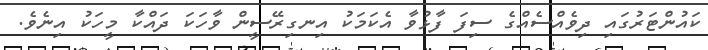
ކައުންޓަރުގައި ދިވެއްސެއްގެ ސިފަ ފާޅުވާ އެކަމަކު އިނގިރޭސީން ވާހަކަ ދައްކާ މީހަކު އިނެވެ.